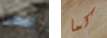
اعطى كما